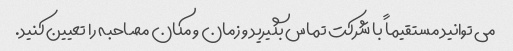
می توانید مستقیماً با شرکت تماس بگیرید و زمان و مکان مصاحبه را تعیین کنید.